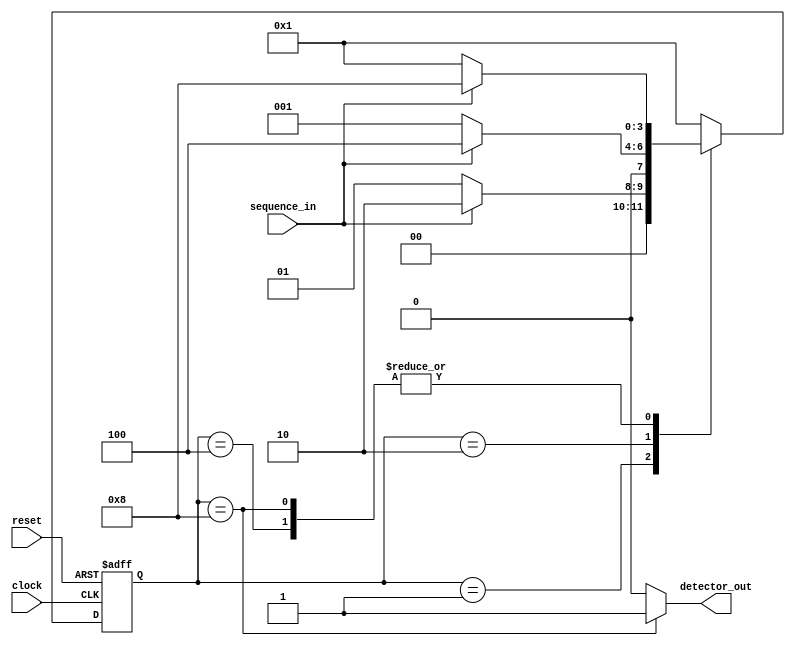
module Sequence_Detector_MOORE_Verilog(sequence_in,clock,reset,detector_out);
input clock; // clock signal
input reset; // reset input
input sequence_in; // binary input
output reg detector_out; // output of the sequence detector
parameter  Zero=4'b0001, // "Zero" State
  One=4'b0010, // "One" State
  Two=4'b0100, // "OneZero" State
  Three=4'b1000; // "OnceZeroOne" State
reg [3:0] current_state, next_state; // current state and next state
// sequential memory of the Moore FSM
always @(posedge clock, posedge reset)
begin
 if(reset==1) 
 current_state <= Zero;// when reset=1, reset the state of the FSM to "Zero" State
 else
 current_state <= next_state; // otherwise, next state
end 
// combinational logic of the Moore FSM to determine next state 
always @(current_state,sequence_in)
begin
 case(current_state) 
 Zero:begin
  if(sequence_in==1)
   next_state <= One;
  else
   next_state <= Zero;
 end
 One:begin
  if(sequence_in==1)
   next_state <= Two;
  else
   next_state <= Zero;
 end
 Two:begin
  if(sequence_in==1)
   next_state <= Three;
  else
   next_state <= Zero;
 end 
 Three:begin
  if(sequence_in==1)
   next_state <= Three;
  else
   next_state <= Zero;
 end
 default:next_state <= Zero;
 endcase
end
// combinational logic to determine the output of the Moore FSM, output only depends on current state
always @(current_state)
begin 
 case(current_state) 
 Zero:   detector_out <= 0;
 One:   detector_out <= 0;
Two:  detector_out <= 0;
Three:  detector_out <= 1;
 default:  detector_out <= 0;
 endcase
end 
endmodule

`timescale 1ns / 1ps

module tb_Sequence_Detector_Moore_FSM_Verilog;

 // Inputs
 reg sequence_in;
 reg clock;
 reg reset;

 // Outputs
 wire detector_out;

 // Instantiate the Sequence Detector using Moore FSM
 Sequence_Detector_MOORE_Verilog uut (
  .sequence_in(sequence_in), 
  .clock(clock), 
  .reset(reset), 
  .detector_out(detector_out)
 );
 initial begin
 clock = 0;
#5 clock = ~clock;
#5 clock = ~clock;
#5 clock = ~clock;
#5 clock = ~clock;
#5 clock = ~clock;
#5 clock = ~clock;
#5 clock = ~clock;
#5 clock = ~clock;
#5 clock = ~clock;
#5 clock = ~clock;
#5 clock = ~clock;
#5 clock = ~clock;
#5 clock = ~clock;
#5 clock = ~clock;
#5 clock = ~clock;
#5 clock = ~clock;
#5 clock = ~clock;
#5 clock = ~clock;
#5 clock = ~clock;
#5 clock = ~clock;
#5 clock = ~clock;
#5 clock = ~clock;
#5 clock = ~clock;
#5 clock = ~clock;
#5 clock = ~clock;
#5 clock = ~clock;
#5 clock = ~clock;
#5 clock = ~clock;
#5 clock = ~clock;
#5 clock = ~clock;
#5 clock = ~clock;
#5 clock = ~clock;
#5 clock = ~clock;
#5 clock = ~clock;
#5 clock = ~clock;
#5 clock = ~clock;
#5 clock = ~clock;
#5 clock = ~clock;
#5 clock = ~clock;
#5 clock = ~clock;
#5 clock = ~clock;
#5 clock = ~clock;
#5 clock = ~clock;
#5 clock = ~clock;
#5 clock = ~clock;
#5 clock = ~clock;
#5 clock = ~clock;
#5 clock = ~clock;
#5 clock = ~clock;
#5 clock = ~clock;
#5 clock = ~clock;
#5 clock = ~clock;
#5 clock = ~clock;
#5 clock = ~clock;
#5 clock = ~clock;
#5 clock = ~clock;
#5 clock = ~clock;
#5 clock = ~clock;
#5 clock = ~clock;
#5 clock = ~clock;
#5 clock = ~clock;
#5 clock = ~clock;
#5 clock = ~clock;
#5 clock = ~clock;
#5 clock = ~clock;
#5 clock = ~clock;
#5 clock = ~clock;
#5 clock = ~clock;
#5 clock = ~clock;
#5 clock = ~clock;
#5 clock = ~clock;
#5 clock = ~clock;
#5 clock = ~clock;
#5 clock = ~clock;
#5 clock = ~clock;
#5 clock = ~clock;
#5 clock = ~clock;
#5 clock = ~clock;
#5 clock = ~clock;
#5 clock = ~clock;
#5 clock = ~clock;
#5 clock = ~clock;
#5 clock = ~clock;
#5 clock = ~clock;
#5 clock = ~clock;
#5 clock = ~clock;
#5 clock = ~clock;
#5 clock = ~clock;
#5 clock = ~clock;
#5 clock = ~clock;

 end 
 initial begin
  // Initialize Inputs
  sequence_in = 0;
  reset = 1;
  // Wait 100 ns for global reset to finish
  #30;
      reset = 0;
  #40;
  sequence_in = 1;
  #10;
  sequence_in = 0;
  #10;
  sequence_in = 1; 
  #10;
  sequence_in = 1; 
  #10;
  sequence_in = 1; 
  #10;
  sequence_in = 0; 
  #20;
  sequence_in = 1; 
  #20;
  sequence_in = 0;  
  #10;
  sequence_in = 1; 
  #10;
  sequence_in = 1; 
  #10;
  sequence_in = 1; 
  #10;
  sequence_in = 1; 
  #10;
  sequence_in = 0; 
  // Add stimulus here

 end

initial 
    begin
        $dumpfile("test.vcd");
        $dumpvars;
    end

endmodule